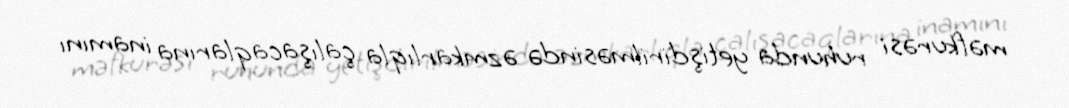
məfkurəsi ruhunda yetişdirilməsində əzmkarlıqla çalışacaqlarına inamını